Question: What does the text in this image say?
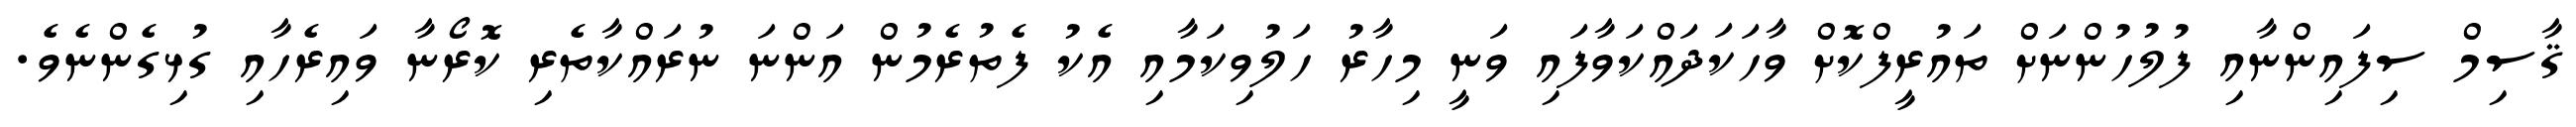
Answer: ޤާސިމް ސިފައިންނާއި ފުލުހުންނަށް ތައުރީފްކޮށް ވާހަކަދައްކަވާފައި ވަނީ މިހާރު ހަލުވިކަމާއި އެކު ފެތުރެމުން އަންނަ ނުރައްކާތެރި ކޮރޯނާ ވައިރެހާއި ގުޅިގެންނެވެ.